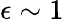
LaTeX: \epsilon\sim 1